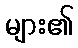
များ၏